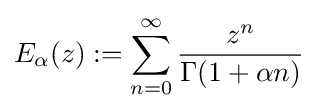
E_{\alpha }(z):=\sum _{n=0}^{\infty }{\frac {z^{n}}{\Gamma (1+\alpha n)}}